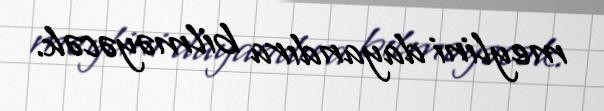
meylini dayandıra bilməyəcək.